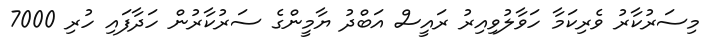
މިސަރުކާރު ވެރިކަމާ ހަވާލުވިއިރު ރައީސް އަބްދު ޔާމީންގެ ސަރުކާރުން ހަދާފައި ހުރި 7000